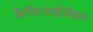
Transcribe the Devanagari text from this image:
कैपिटलाईजेशन